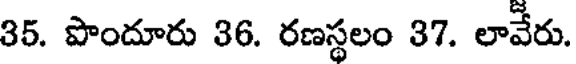
35. పొందూరు 36. రణస్థలం 37. లావేరు.